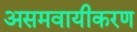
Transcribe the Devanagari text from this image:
असमवायीकरण